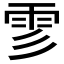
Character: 𩁺